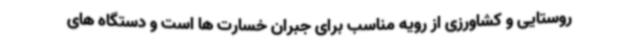
روستایی و کشاورزی از رویه مناسب برای جبران خسارت ها است و دستگاه های